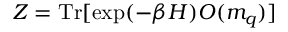
Z = \mathrm { T r } [ \exp ( - \beta H ) { \cal O } ( m _ { q } ) ]